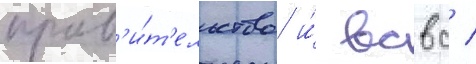
прав'и́т'ельство и́ всвс /